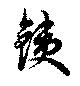
銕